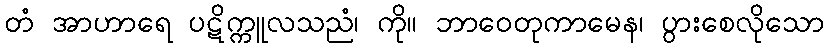
တံ အာဟာရေ ပဋိက္ကူလသညံ၊ ကို။ ဘာဝေတုကာမေန၊ ပွားစေလိုသော